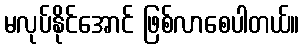
မလုပ်နိုင်အောင် ဖြစ်လာစေပါတယ်။